Indian journal of veterinary science and animal husbandry - Volume 7,
Year: 1937
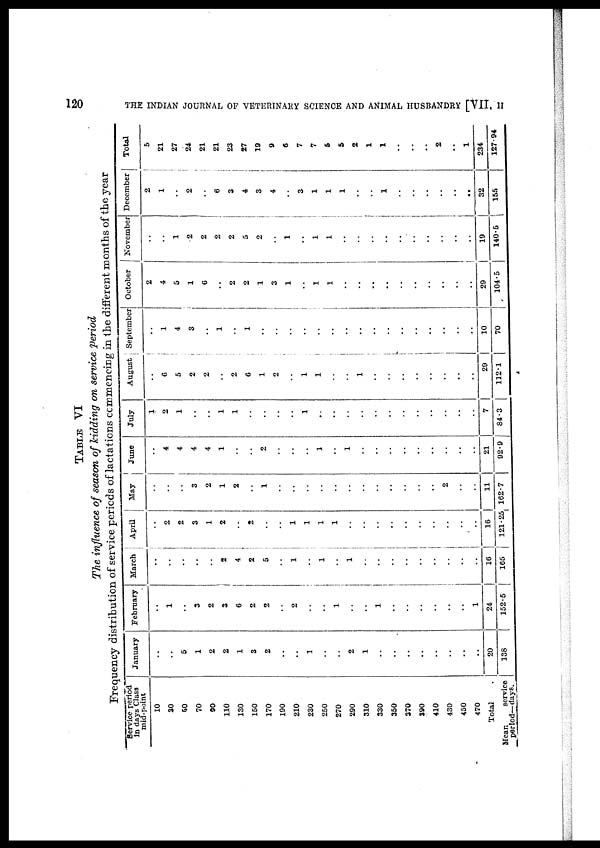
120
THE INDIAN JOURNAL OF VETERINARY SCIENCE AND ANIMAL HUSBANDRY [VII,
II
TABLE VI
The influence of season of kidding on service period
Frequency distribution of service periods of lactations comencing in the different months of the year
Service period
in days Class
mid-point
10
30
50
70
90
110
130
150
170
190
210
230
250
270
290
310
330
350
370
390
410
430
450
470
Total .
Mean
service
period—days.
January
..
..
5
1
2
2
1
3
2
..
..
1
..
..
2
1
..
..
..
..
..
..
..
..
20
138
February
..
1
..
3
2
3
6
2
2
..
2
..
..
1
..
..
..
..
..
..
..
..
..
1
24
152.5
March
..
..
..
..
..
2
4
2
5
..
1
..
1
..
..
..
..
..
..
..
..
..
..
..
16
165
April
..
2
2
3
1
2
..
2
..
..
1
1
1
1
..
..
..
..
..
..
..
..
..
..
16
121.25
May
..
..
..
3
2
1
2
..
1
..
..
..
..
..
..
..
..
..
..
..
..
2
..
..
11
162.7
June
..
4
4
4
4
1
..
..
2
..
..
..
1
..
1
..
..
..
..
..
..
..
..
..
21
92.9
July
1
2
1
..
..
1
1
..
..
..
..
1
..
..
..
..
..
..
..
..
..
..
..
..
7
84.3
August
..
6
5
2
2
..
2
6
1
2
..
1
1
..
..
1
..
..
..
..
..
..
..
..
29
112.1
September
..
1
4
3
..
1
..
1
..
..
..
..
..
..
..
..
..
..
..
..
..
..
..
..
10
70
October
2
4
5
1
6
..
2
2
1
3
1
..
1
1
..
..
..
..
..
..
..
..
..
..
29
104.5
November
..
..
1
2
2
2
2
5
2
..
..
..
..
..
..
..
..
..
..
..
..
..
..
..
19
140.5
December
2
1
..
2
..
6
3
4
3
4
..
3
1
1
1
..
..
1
..
..
..
..
..
..
32
155
Total
5
21
27
24
21
21
23
27
19
9
6
7
7
5
5
2
1
1
..
..
..
2
..
1
234
127.94